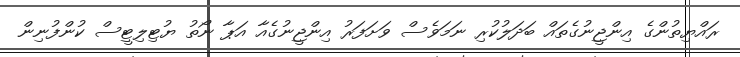
ރައްޔިތުންގެ އިންޖީނުގެތައް ބަދަލުކުރި ނަމަވެސް ވަށަފަރު އިންޖީނުގެއާ އަޕާ ނޯތު ޔުޓިލިޓީސް ކުންފުނިން